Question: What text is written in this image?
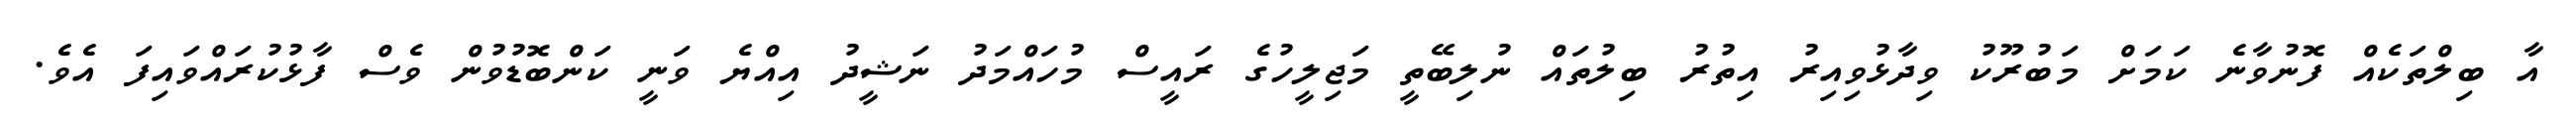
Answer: އާ ބިލްތަކެއް ފޮނުވާނެ ކަމަށް މަބުރޫކު ވިދާޅުވިއިރު އިތުރު ބިލުތައް ނުލިބޭތީ މަޖިލީހުގެ ރައީސް މުހައްމަދު ނަޝީދު އިއްޔެ ވަނީ ކަންބޮޑުވުން ވެސް ފާޅުކުރައްވައިފަ އެވެ.